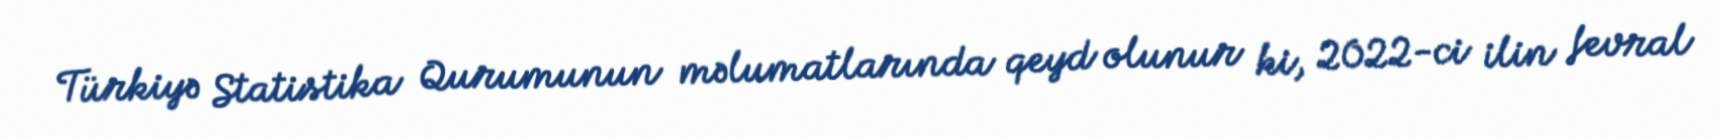
Türkiyə Statistika Qurumunun məlumatlarında qeyd olunur ki, 2022-ci ilin fevral